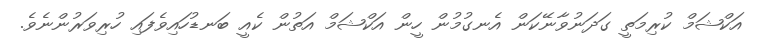
އަކްޝަމް ކުރިމަތީ ގަދަނުވާނޭކަން އެނގުމުން ހީން އަކްޝަމް އަތުން ކެއީ ބަނޑުހައިވެފައި ހުރިވަރުންނެވެ.